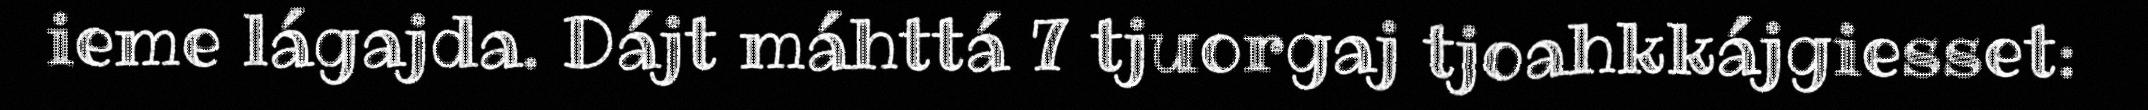
ieme lágajda. Dájt máhttá 7 tjuorgaj tjoahkkájgiesset: